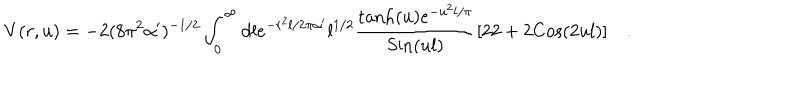
V ( r , u ) = - 2 ( 8 \pi ^ { 2 } \alpha ^ { \prime } ) ^ { - 1 / 2 } \int _ { 0 } ^ { \infty } d l e ^ { - r ^ { 2 } l / 2 \pi \alpha ^ { \prime } } { l } ^ { 1 / 2 } { \frac { \mathrm { t a n h } ( u ) e ^ { - u ^ { 2 } l / \pi } } { \mathrm { S i n } ( u l ) } } [ 2 2 + 2 \mathrm { C o s } ( 2 u l ) ] \quad .